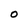
Character: O